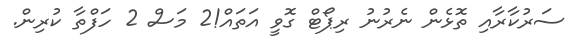
ސަރުކާރާއި ތޮޅެން ނެރުނު ރިޕޯޓް ގޮވީ އަތައް!2 މަސް 2 ހަފްތާ ކުރިން.